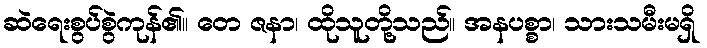
ဆဲရေးစွပ်စွဲကုန်၏။ တေ ဇနာ၊ ထိုသူတို့သည်။ အနပစ္စာ၊ သားသမီးမရှိ